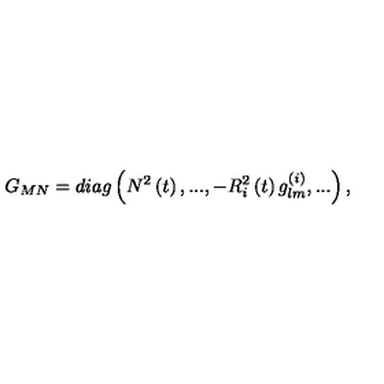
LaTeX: G _ { M N } = d i a g \left( N ^ { 2 } \left( t \right) , . . . , - R _ { i } ^ { 2 } \left( t \right) g _ { l m } ^ { ( i ) } , . . . \right) ,